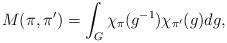
LaTeX: \begin{align*} M(\pi, \pi^{\prime}) = \int_{G}\chi_{\pi}(g^{-1})\chi_{\pi^{\prime}}(g)dg,\end{align*}